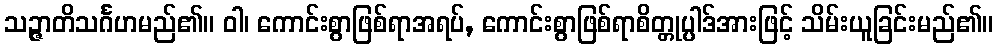
သဉ္ဇာတိသင်္ဂဟမည်၏။ ဝါ၊ ကောင်းစွာဖြစ်ရာအရပ်, ကောင်းစွာဖြစ်ရာစိတ္တုပ္ပါဒ်အားဖြင့် သိမ်းယူခြင်းမည်၏။